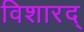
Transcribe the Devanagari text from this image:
विशारद्